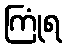
ကြုံရ